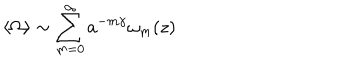
\langle \Omega \rangle \sim \sum _ { m = 0 } ^ { \infty } a ^ { - m \gamma } \omega _ { m } ( z )